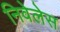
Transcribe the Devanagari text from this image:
निवेलेस